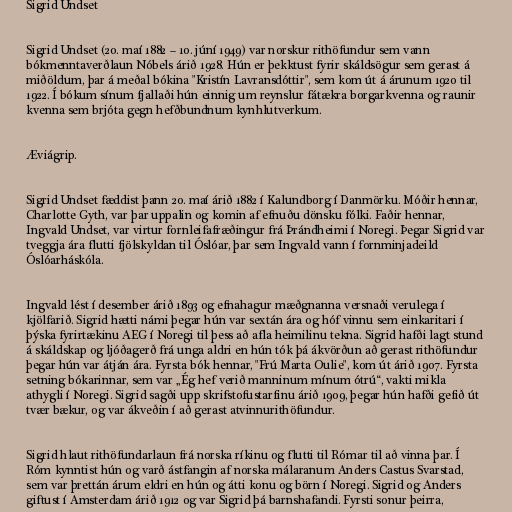
Sigrid Undset

Sigrid Undset (20. maí 1882 – 10. júní 1949) var norskur rithöfundur sem vann
bókmenntaverðlaun Nóbels árið 1928. Hún er þekktust fyrir skáldsögur sem gerast á
miðöldum, þar á meðal bókina "Kristín Lavransdóttir", sem kom út á árunum 1920 til
1922. Í bókum sínum fjallaði hún einnig um reynslur fátækra borgarkvenna og raunir
kvenna sem brjóta gegn hefðbundnum kynhlutverkum.

Æviágrip.

Sigrid Undset fæddist þann 20. maí árið 1882 í Kalundborg í Danmörku. Móðir hennar,
Charlotte Gyth, var þar uppalin og komin af efnuðu dönsku fólki. Faðir hennar,
Ingvald Undset, var virtur fornleifafræðingur frá Þrándheimi í Noregi. Þegar Sigrid var
tveggja ára flutti fjölskyldan til Óslóar, þar sem Ingvald vann í fornminjadeild
Óslóarháskóla.

Ingvald lést í desember árið 1893 og efnahagur mæðgnanna versnaði verulega í
kjölfarið. Sigrid hætti námi þegar hún var sextán ára og hóf vinnu sem einkaritari í
þýska fyrirtækinu AEG í Noregi til þess að afla heimilinu tekna. Sigrid hafði lagt stund
á skáldskap og ljóðagerð frá unga aldri en hún tók þá ákvörðun að gerast rithöfundur
þegar hún var átján ára. Fyrsta bók hennar, "Frú Marta Oulie", kom út árið 1907. Fyrsta
setning bókarinnar, sem var „Ég hef verið manninum mínum ótrú“, vakti mikla
athygli í Noregi. Sigrid sagði upp skrifstofustarfinu árið 1909, þegar hún hafði gefið út
tvær bækur, og var ákveðin í að gerast atvinnurithöfundur.

Sigrid hlaut rithöfundarlaun frá norska ríkinu og flutti til Rómar til að vinna þar. Í
Róm kynntist hún og varð ástfangin af norska málaranum Anders Castus Svarstad,
sem var þrettán árum eldri en hún og átti konu og börn í Noregi. Sigrid og Anders
giftust í Amsterdam árið 1912 og var Sigrid þá barnshafandi. Fyrsti sonur þeirra,